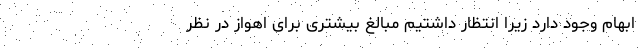
ابهام وجود دارد زیرا انتظار داشتیم مبالغ بیشتری برای اهواز در نظر